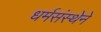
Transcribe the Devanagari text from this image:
धर्मसंस्थेने